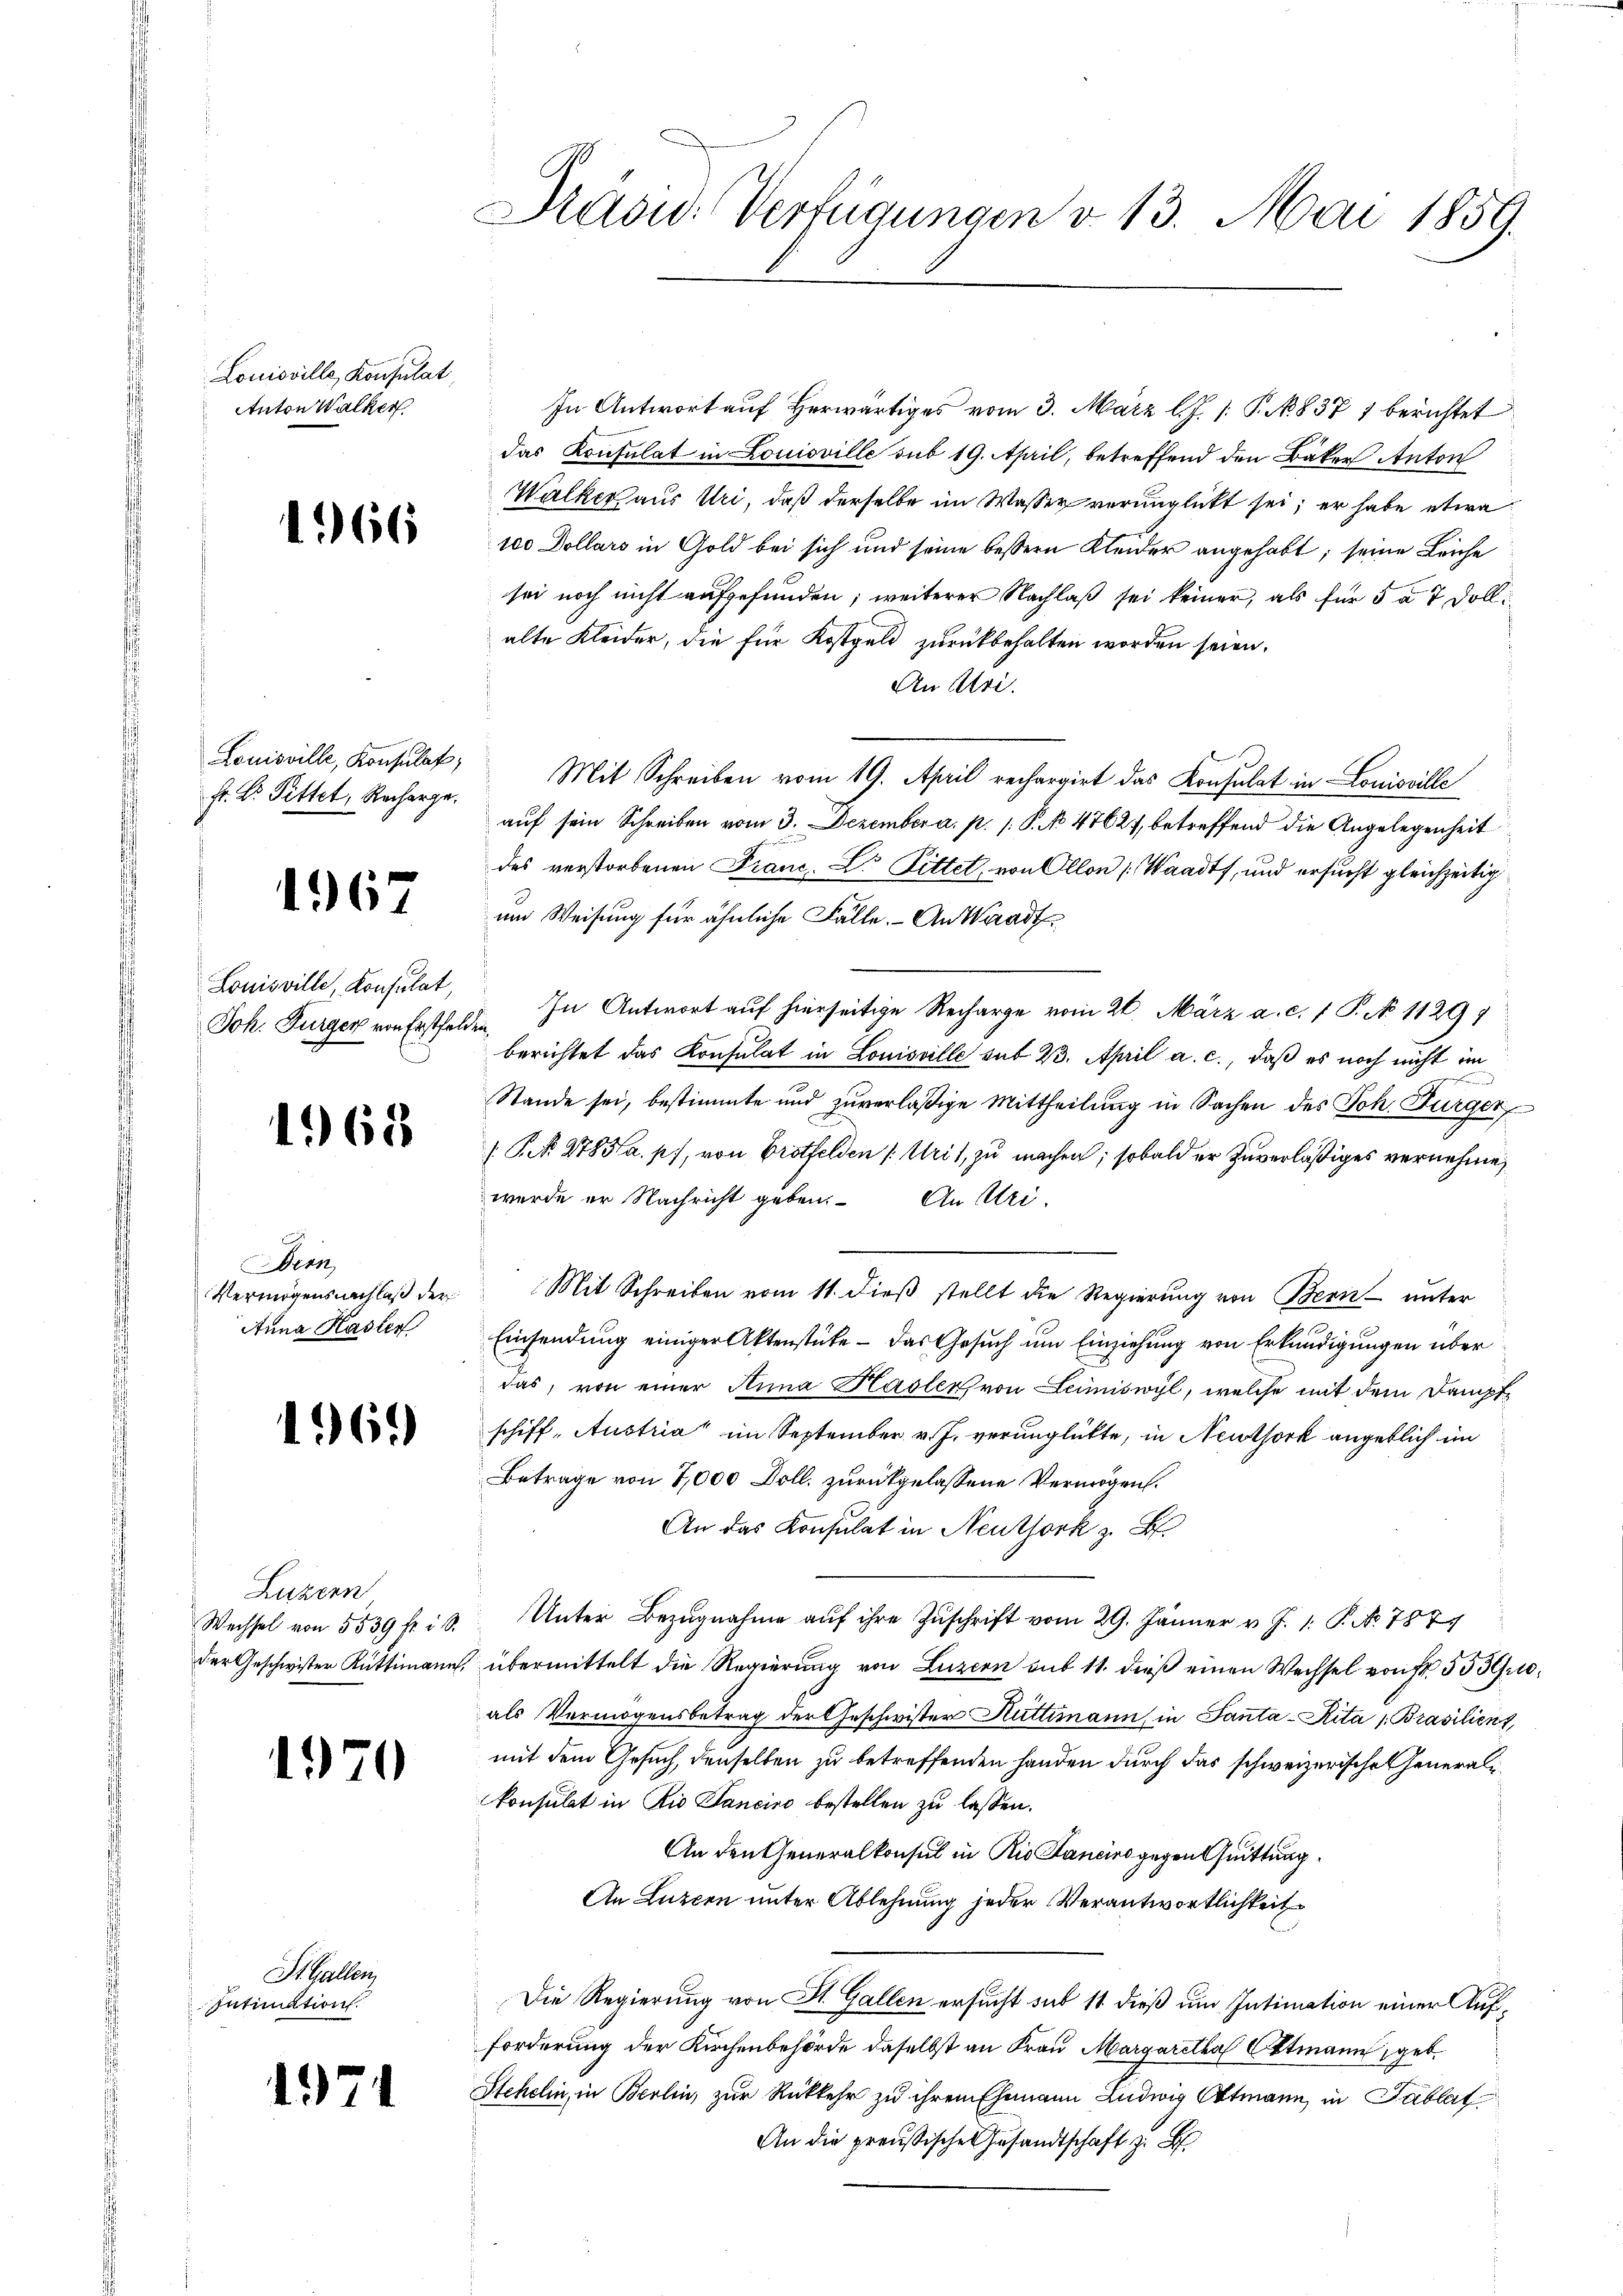
Louisville, Konsulat,
Anton Walker

166

Louisville, Konsulat,
Hr. Dr. Pittet, Recharge.

1967

Louisville Konsulat,
Joh. Burger von Erstfel

1968

Dern
Vermögensnachlaß der
Anna Hasler

196.

Luzern
Wechsel von 5539 ff. i S.
der Geschwister Rüttimann,

1970

St. Gallen
Intimation

1974

Pasu: Verfügungen v. 13. Mai 1859.

In Antwort auf herwärtiges vom 3. März l. J. P. N. 837 1 berichtet
das Konsulat in Louisville sub 19. April, betreffend den Bäker Anton
Walker aus Uri, daß derselbe im Wasser verunglickt sei; er habe etwa
teo Dollars in Gold bei sich und seine bessern Kleider angehabt; seine Leiche
sei noch nicht aufgefunden; weiterer Nachlaß sei keiner, als für 5 a 7 Doll
alte Kleider, die für Kostgeld zurückbehalten worden seien.
An Uri.
Mit Schreiben vom 19. April rechargirt das Konsulat in Louisville
auf sein Schreiben vom 3. Dezember a. p. 1. P. No 47627, betreffend die Angelegenheit
des verstorbenen Franc, L. Pittet, von Ollon (Waadt, und ersucht gleichzeitig
um Weisung für ähnliche Fälle. - An Waadt
In Antwort auf hierseitige Recharge vom 26. März a. c. 1 P. No 11297
berichtet das Konsulat in Louisville mit 23. April a. c., daß es noch nicht im
Stande sei, bestimmte und zuverläßige Mittheilung in Sachen des Joh. Burger
 P. 278 a. p., von Brotfelden (Urit, zu machen; sobald er zuverläßiges vernehme,
werde er Nachricht geben. An Uri.
.
Mit Schreiben vom 11. dieß stellt die Regierung von Bern unter
Einsendung einiger Aktenstüke – das Gesuch um Einziehung von Erkundigungen über
das, von einer Anna Haslers von Lumiswyl, welche mit dem Dampf
schiff-Austria" im September v. J. verunglückte, in Neuthork angeblich im
Betrage von 7,000 Doll, zurückgelassene Vermögen.
An das Konsulat in Neuthork z. B.
Unter Bezugnahme auf ihre Zuschrift vom 29. Jänner v. J. 1: P. No 787
übermittelt die Regierung von Luzern sub 11. dieß einen Wechsel von Fr. 553Groals Vermögensbetrag der Geschwister Huttimann in Santa-Rita (Brasilient,
mit dem Gesuch, denselben zu betreffenden Handen durch das schweizerische Generalkonsulat in Die Sancino bestellen zu lassen.
An den Generalkonsul in Rio Sancirs gegen Quittung
An Luzern unter Ablehnung jeder Verantwortlichkeit
Die Regierung von St. Gallen ersucht sub 11 dieß um Intimation einer Aufforderung der Kirchenbehörde daselbst an Frau Margaretha Oktmann, geb.
Stehelin, in Berlin, zur Rückkehr zu ihrem Ehemann Ludwig Ottmann, in Tablat
An die preußische Gesandtschaft z. B.